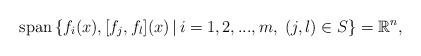
LaTeX: \begin{align*}{\rm span}\,\{f_i(x), [f_j,f_l](x)\, | \,i=1,2,..., m,\; (j,l)\in S \} = \mathbb R^n,\end{align*}